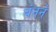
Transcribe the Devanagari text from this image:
बंनने